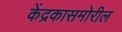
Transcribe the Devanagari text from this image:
केंद्रकासमोरील